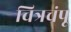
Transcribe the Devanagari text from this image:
चित्रचंपू